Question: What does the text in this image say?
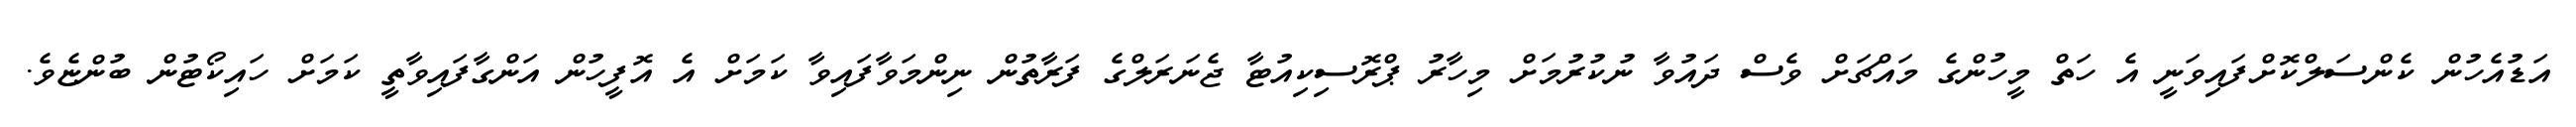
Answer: އަޑުއެހުން ކެންސަލްކޮށްފައިވަނީ އެ ހަތް މީހުންގެ މައްޗަށް ވެސް ދައުވާ ނުކުރުމަށް މިހާރު ޕްރޮސިކިއުޓާ ޖެނަރަލްގެ ފަރާތުން ނިންމަވާފައިވާ ކަމަށް އެ އޮފީހުން އަންގާފައިވާތީ ކަމަށް ހައިކޯޓުން ބުންޏެވެ.